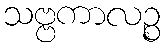
သဗ္ဗကာလဉ္စ